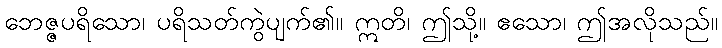
ဘေဇ္ဇပရိသော၊ ပရိသတ်ကွဲပျက်၏။ ဣတိ၊ ဤသို့။ ဧသော၊ ဤအလိုသည်။